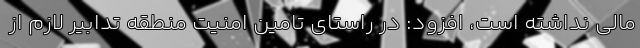
مالی نداشته است، افزود: در راستای تامین امنیت منطقه تدابیر لازم از